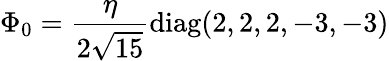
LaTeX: \Phi_{0}={\frac{\eta}{2\sqrt{15}}}\mathrm{diag}(2,2,2,-3,-3)